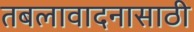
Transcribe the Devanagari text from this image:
तबलावादनासाठी